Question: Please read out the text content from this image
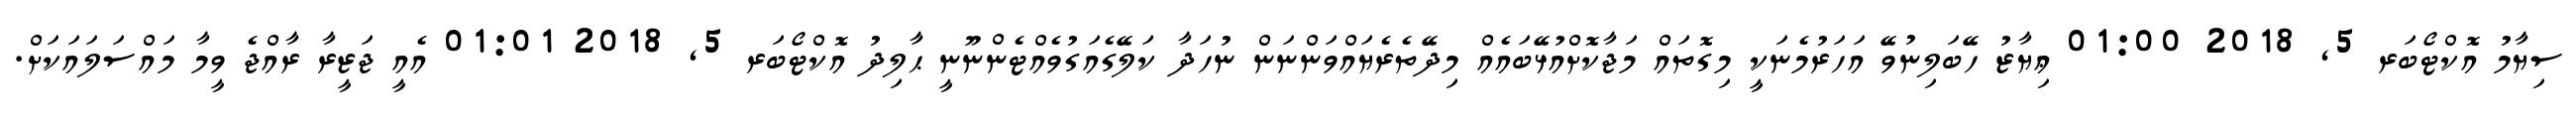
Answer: ސިޔާމު އޮކްޓޯބަރ 5, 2018 01:00 ޢިޔާޒު ހޭބަލިނުވޭ އަހަރުމެނަކީ މިގޮތައް މަޖާކޮށްއުޅޭބައެއް މިދޭތެރެޔައްވަންނަން ނުހަދާ ކަލޭގެއަގުވެއްޓެންނޫނީ ޙާލިދު އޮކްޓޯބަރ 5, 2018 01:01 އެއީ ޖަޒީރާ ރާއްޖެ ވީމާ މައްސަލައަކަށް.